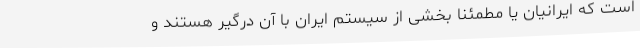
است که ایرانیان یا مطمئناً بخشی از سیستم ایران با آن درگیر هستند و